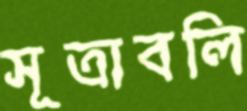
সূত্রাবলি